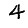
Digit: 4